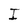
Character: I